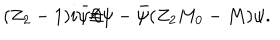
LaTeX: ( Z _ { 2 } - 1 ) i \bar { \psi } \! \! \not \! \partial \psi - \bar { \psi } ( Z _ { 2 } M _ { 0 } - M ) \psi .